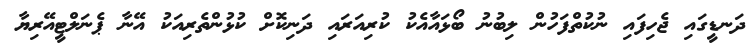
ދަނޑީގައި ޖެހިފައި ނުކުތްފަހުން ލިބުނު ބޯޅައާއެކު ކުރިއަރައި ދަނިކޮށް ކުޅުންތެރިއަކު އޭނާ ޕެނަލްޓީއޭރިޔާ